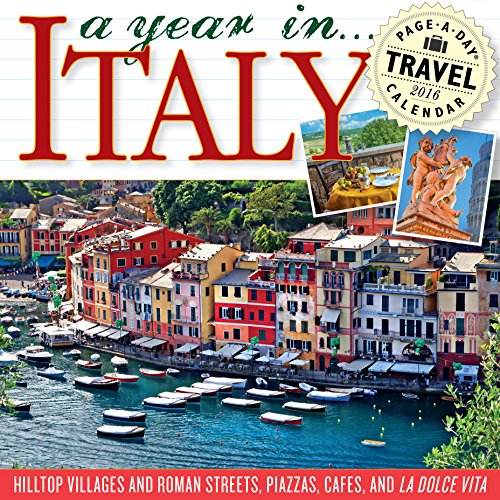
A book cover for A Year in Italy Color Page-A-Day Calendar 2016; Workman Publishing; Travel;